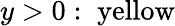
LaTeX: y>0:\; {\mathrm{yellow}}